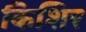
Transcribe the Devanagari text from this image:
किशिर